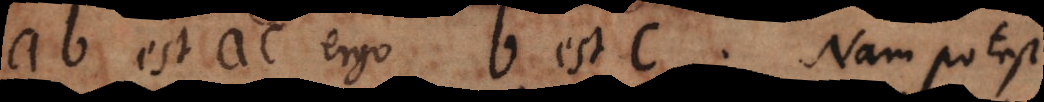
ab est ac ergo b est c. Nam potest